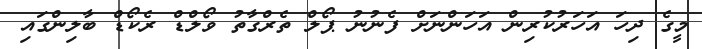
މީގެ ދިހަ އަހަރުކުރިން އަހަންނަށް ފެނުނު ޕޯލް ތެރްގާތު ވޯލްޑް ރެކޯޑް ބާލިންގައި